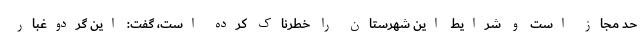
حد مجاز است و شرایط این شهرستان را خطرناک کرده است، گفت: این گردوغبار